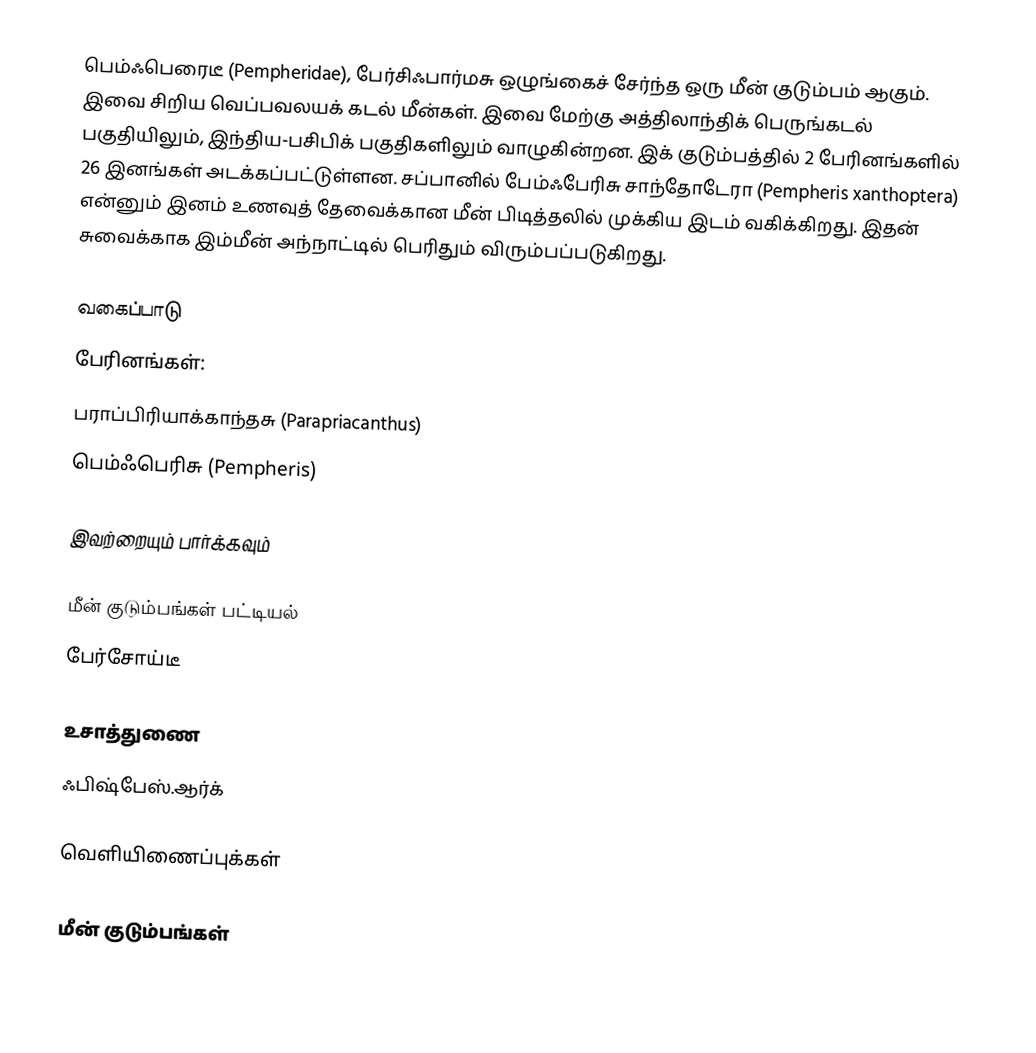
பெம்ஃபெரைடீ (Pempheridae), பேர்சிஃபார்மசு ஒழுங்கைச் சேர்ந்த ஒரு மீன் குடும்பம் ஆகும். இவை சிறிய வெப்பவலயக் கடல் மீன்கள். இவை மேற்கு அத்திலாந்திக் பெருங்கடல் பகுதியிலும், இந்திய-பசிபிக் பகுதிகளிலும் வாழுகின்றன. இக் குடும்பத்தில் 2 பேரினங்களில் 26 இனங்கள் அடக்கப்பட்டுள்ளன. சப்பானில் பேம்ஃபேரிசு சாந்தோடேரா (Pempheris xanthoptera) என்னும் இனம் உணவுத் தேவைக்கான மீன் பிடித்தலில் முக்கிய இடம் வகிக்கிறது. இதன் சுவைக்காக இம்மீன் அந்நாட்டில் பெரிதும் விரும்பப்படுகிறது.

வகைப்பாடு
பேரினங்கள்:
 பராப்பிரியாக்காந்தசு (Parapriacanthus)
 பெம்ஃபெரிசு (Pempheris)

இவற்றையும் பார்க்கவும்

 மீன் குடும்பங்கள் பட்டியல்
 பேர்சோய்டீ

உசாத்துணை
 ஃபிஷ்பேஸ்.ஆர்க்

வெளியிணைப்புக்கள்

மீன் குடும்பங்கள்